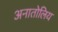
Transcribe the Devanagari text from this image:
अनातोलिय